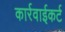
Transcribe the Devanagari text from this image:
कार्रवाईकर्ट